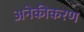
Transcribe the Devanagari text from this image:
अनेकीकरण